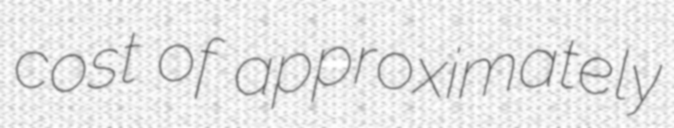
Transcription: cost of approximately